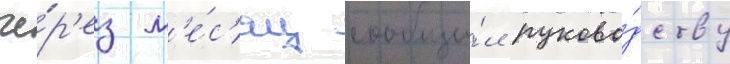
че́р'ез м'е́с'яц сообщи́л руково́дству